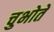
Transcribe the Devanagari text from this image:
चुभोते